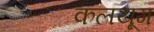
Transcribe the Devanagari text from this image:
कलयूग